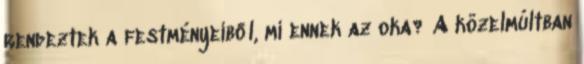
rendeztek a festményeiből, mi ennek az oka? A közelmúltban